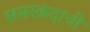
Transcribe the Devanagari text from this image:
समरकंदाची